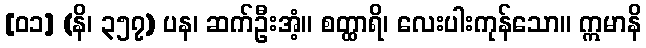
[၀၁] (နိ၊ ၃၅၇) ပန၊ ဆက်ဦးအံ့။ စတ္ထာရိ၊ လေးပါးကုန်သော။ ဣမာနိ